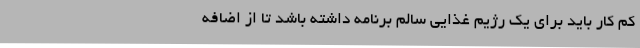
کم کار باید برای یک رژیم غذایی سالم برنامه داشته باشد تا از اضافه